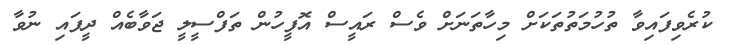
ކުރެވިފައިވާ ތުހުމަތުތަކަށް މިހާތަނަށް ވެސް ރައީސް އޮފީހުން ތަފްސީލީ ޖަވާބެއް ދީފައި ނުވާ